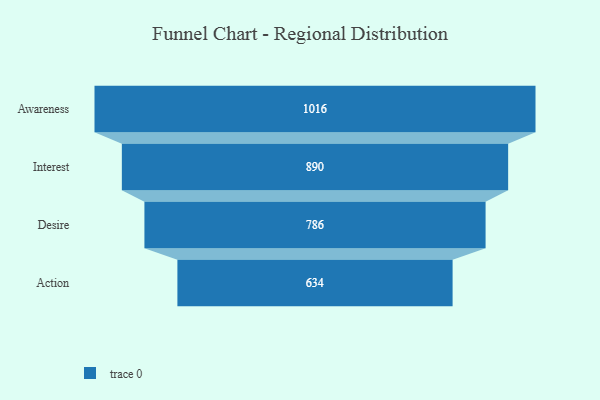
{"axis": {"x": "Stage", "y": "Value"}, "legend": [""], "data": [{"x": "Awareness", "y": 1016.0, "type": ""}, {"x": "Interest", "y": 890.0, "type": ""}, {"x": "Desire", "y": 786.0, "type": ""}, {"x": "Action", "y": 634.0, "type": ""}]}